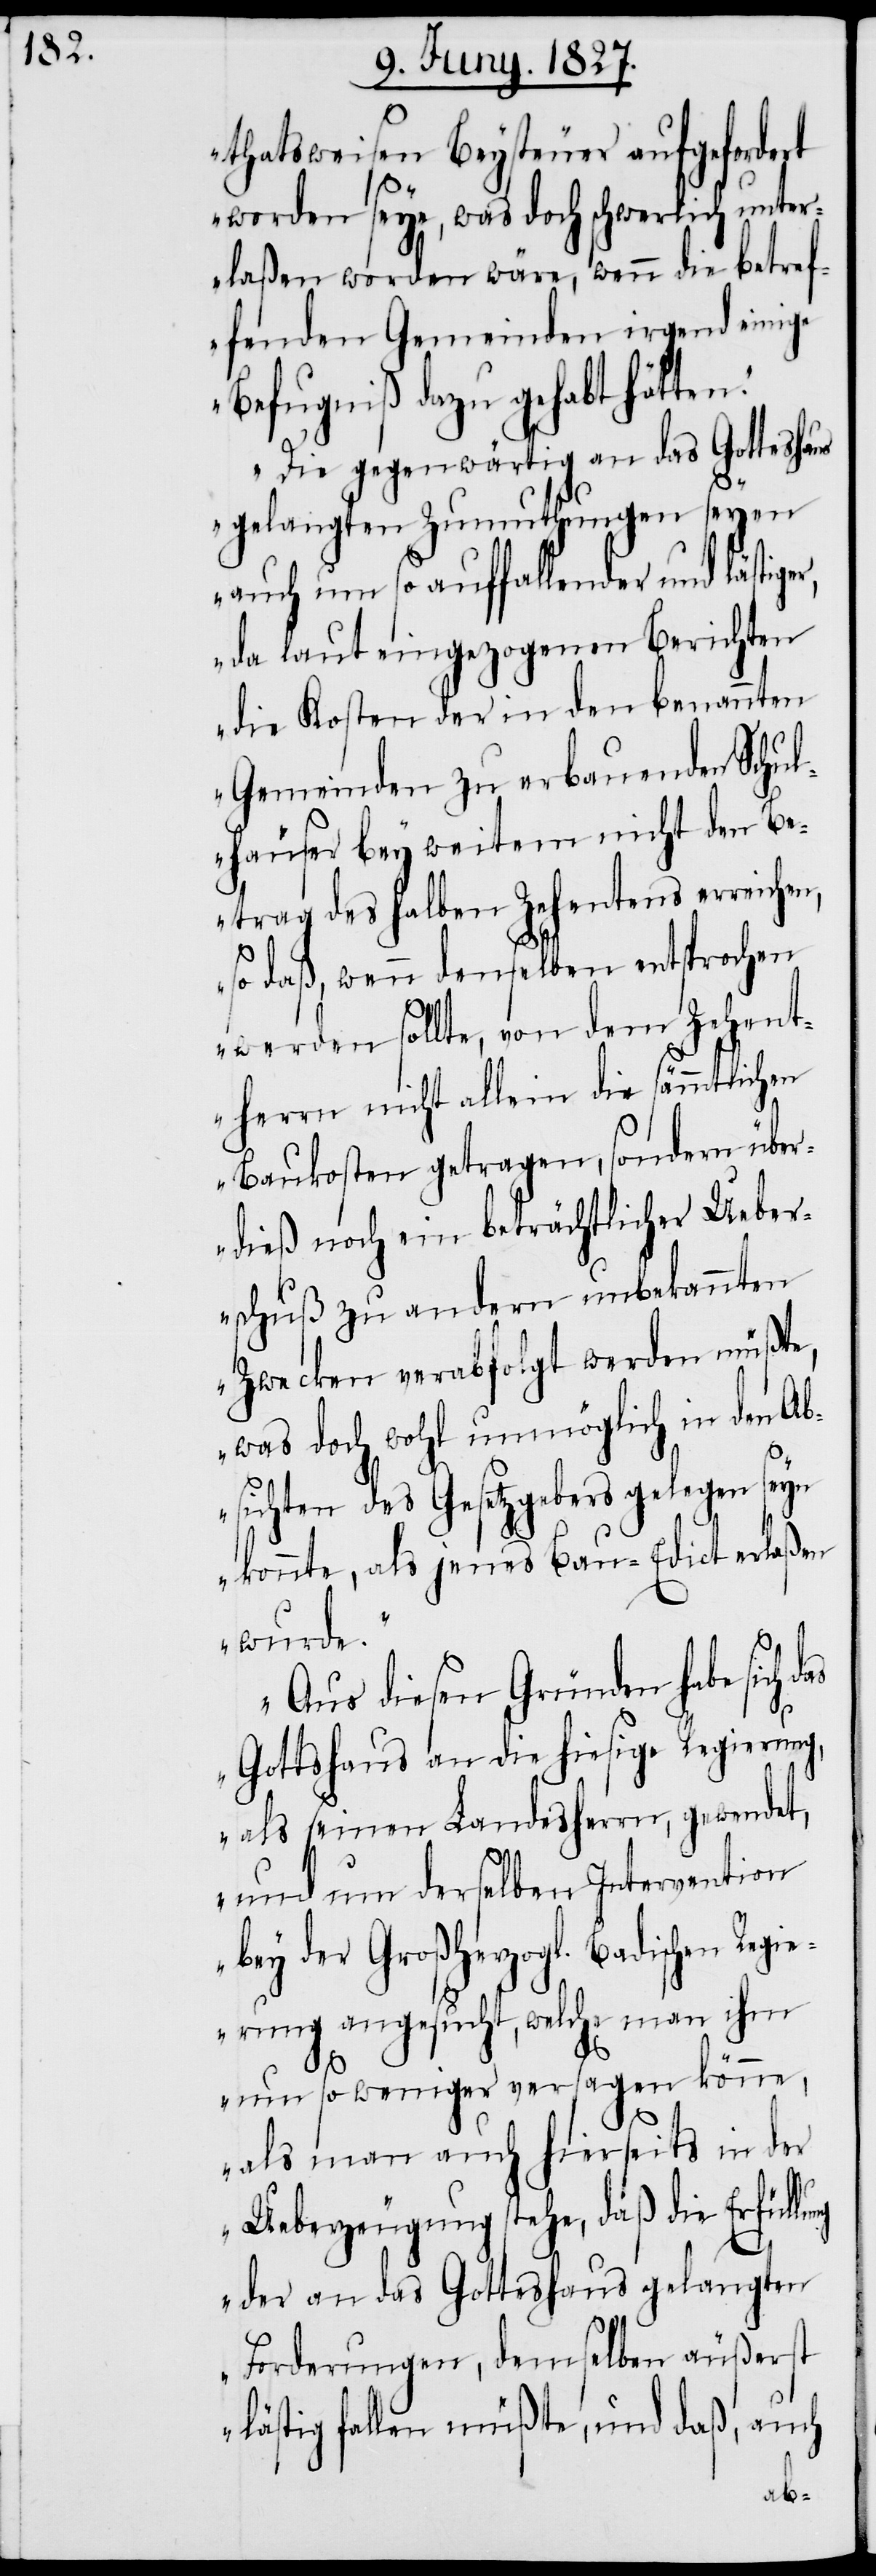
thatsweisen Beysteuer aufgefordert
worden seye, was doch schon schwer¬
rlaßen worden wäre, wenn die betref¬
fenden Gemeinden irgend einige
Befugniß dazu gehabt hätten.
Die gegenwärtig an das Gotteshaus
gelangten Zumuthungen seyen
auch um so auffallender und lästige¬
da laut eingezogenen Berichten
die Kosten der in den benannten
Gemeinden zu erbauenden Schul¬
häuser bey weitem nicht den Be¬
trag des halben Zehentens erreichen,
so daß, wenn denselben entsprochen
werden sollte, von dem Zehent¬
herrn nicht allein die sämmtlichen
Baukosten getragen, sondern über¬
dieß noch ein beträchtlicher Ueber¬
schuß zu andern unbekannten
Zwecken verabfolgt werden müßte,
was doch wohl unmöglich in den Ab¬
sichten des Gesetzgebers gelegen seyn
könnte, als jenes Bau-Edict erlaßen
wurde.
Aus diesen Gründen habe sich
Gottshaus an die hiesige Regierung,
als seinen Landesherrn, gewendet,
und um derselben Intervention
bey der Großherzogl. Badischen Regie¬
rung angesucht, welche man ihm
um so weniger versagen könne,
als man auch hierseits in der
ung
Ueberzeugung stehe, daß die Erfüll¬
der an das Gotteshaus gelangten
Forderungen, demselben äußerst
lästig fallen müßte, und daß, auch
unte¬